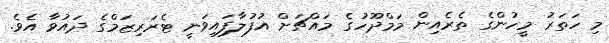
މި ހަތަރު މީހުންގެ ތެރެއިން މަމްދޫހުގެ މައްޗަށް އުފުލާފައިވަނީ ޓެރަރިޒަމްގެ ދައުވާ އެވެ.